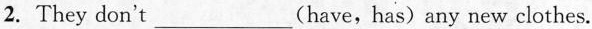
2. They don't___(have,has)any new clothes.